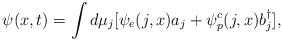
\begin{align*}\psi(x,t) = \int d\mu_j [\psi_{e}(j,x) a_j + \psi^{c}_{p}(j,x)b^{\dagger}_{j}],\end{align*}